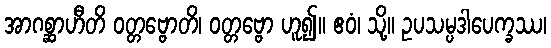
အာဂစ္ဆာဟီတိ ဝတ္တဗ္ဗောတိ၊ ဝတ္တဗ္ဗော ဟူ၍။ ဧဝံ၊ သို့။ ဥပသမ္ပဒါပေက္ခဿ၊